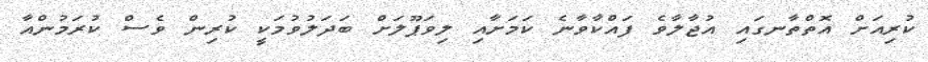
ކުރިއަށް އޮތްތާނގައި އުޖާލާވެ ފައްކާވާނެ ކަމަށާއި ލިވަޕޫލަށް ބަދަލުވުމަކީ ކުރިން ވެސް ކުރަމުންއާ